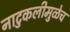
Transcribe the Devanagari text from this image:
नाटुकलीमुळेच